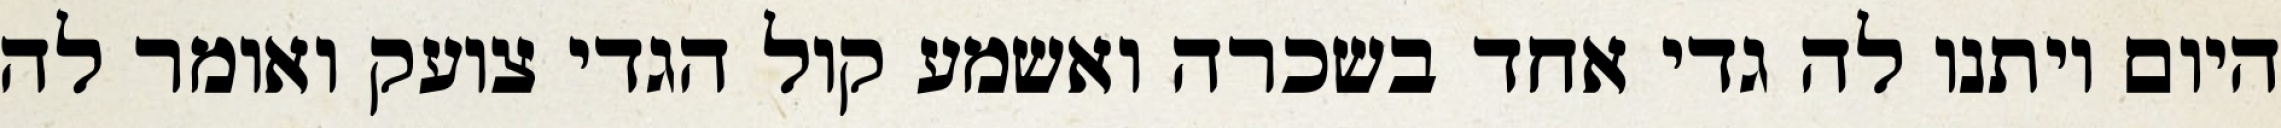
היום ויתנו לה גדי אחד בשכרה ואשמע קול הגדי צועק ואומר לה